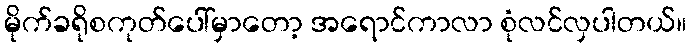
မိုက်ခရိုစကုတ်ပေါ်မှာတော့ အရောင်ကာလာ စုံလင်လှပါတယ်။